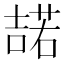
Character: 𭊡